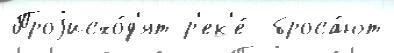
Проjисхо́д'ят р'ек'е́  броса́ют